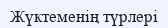
Жүктеменің түрлері